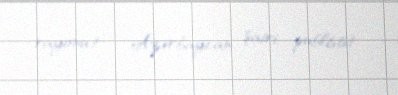
rayonu) — Azərbaycan şairi, publisist.